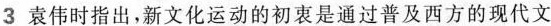
3袁伟时指出，新文化运动的初衷是通过普及西方的现代文